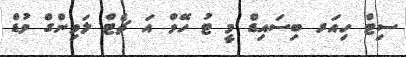
ސިޓް ހިއަރ ބިސައިޑް މީ ޓު ހޭވް އަ ޗެޓް ލަވިންގް ވުޑް